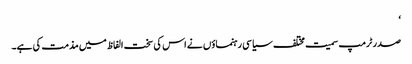
‘
صدر ٹرمپ سمیت مختلف سیاسی رہنماؤں نے اس کی سخت الفاظ میں مذمت کی ہے۔